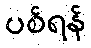
ပစ်ရန်